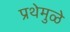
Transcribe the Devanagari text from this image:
प्रथेमुळे